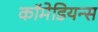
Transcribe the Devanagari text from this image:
कॉमेडियन्स